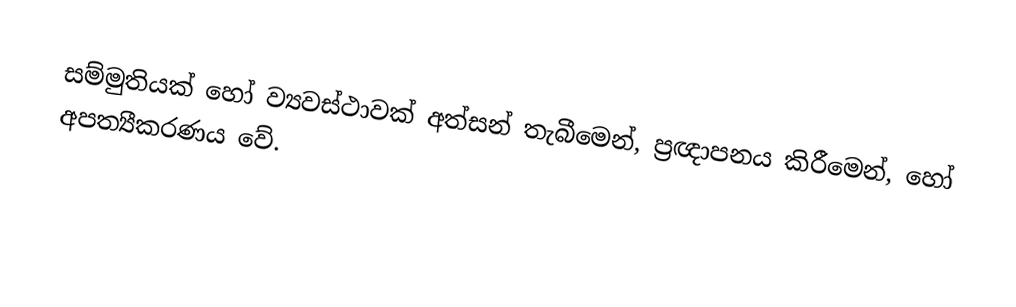
සම්මුතියක් හෝ ව්‍යවස්ථාවක්  අත්සන් තැබීමෙන්, ප්‍රඥාපනය කිරීමෙන්, හෝ අපත්‍යීකරණය වේ.